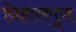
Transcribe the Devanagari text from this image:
निहालपुरा